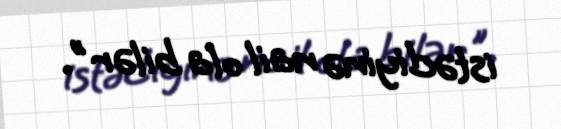
istədiyinə nail ola bilər".